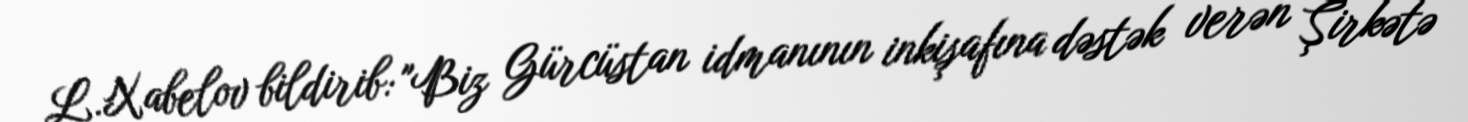
L.Xabelov bildirib: "Biz Gürcüstan idmanının inkişafına dəstək verən Şirkətə